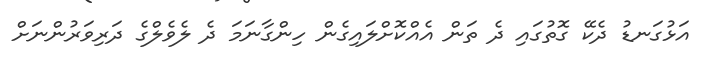
އަޅުގަނޑު ދެކޭ ގޮތުގައި ދެ ތަން އެއްކޮށްލައިގެން ހިންގާނަމަ ދެ ލެވެލްގެ ދަރިވަރުންނަށް